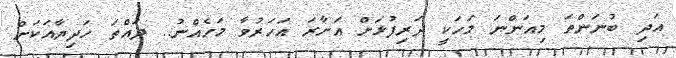
އަދި ބުނަންތަ މިއަންނަ މަހަކީ ދަރިފުޅަށް އަށާރަ އަހަރުވާ މަހެއްނު.. ދައްތަ ހަދިޔާއަކަށް